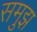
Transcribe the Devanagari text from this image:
समुझ